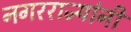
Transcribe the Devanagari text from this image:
नगरराज्यांनी